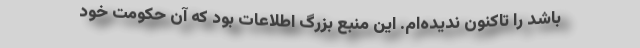
باشد را تاکنون ندیده‌ام. این منبع بزرگ اطلاعات بود که آن حکومت خود